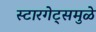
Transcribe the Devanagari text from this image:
स्टारगेट्समुळे